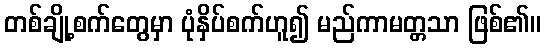
တစ်ချို့စက်တွေမှာ ပုံနှိပ်စက်ဟူ၍ မည်ကာမတ္တသာ ဖြစ်၏။